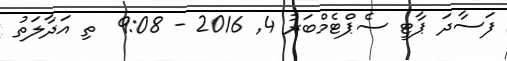
ފަސާދަ ޕާޓީ ސެޕްޓެމްބަރު 4